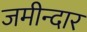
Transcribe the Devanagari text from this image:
जमीन्दार